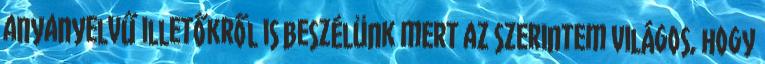
anyanyelvű illetőkről is beszélünk mert az szerintem világos, hogy